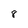
Character: 8